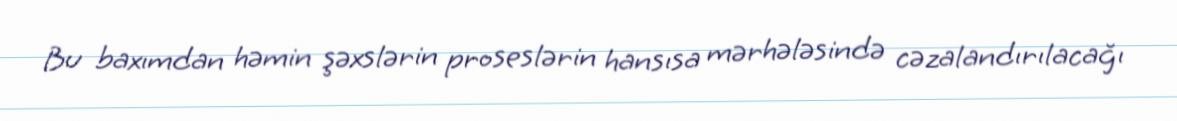
Bu baxımdan həmin şəxslərin proseslərin hansısa mərhələsində cəzalandırılacağı